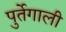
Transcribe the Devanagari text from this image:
पुर्तेगाली